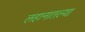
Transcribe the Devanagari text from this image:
लहानातल्या